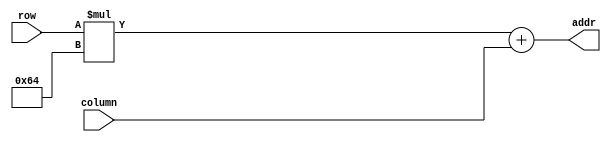
module xy2addr(
  column,row,addr);
  input [6:0] column,row;
  output [13:0] addr;
  assign addr = row*7'd100+ column;
endmodule